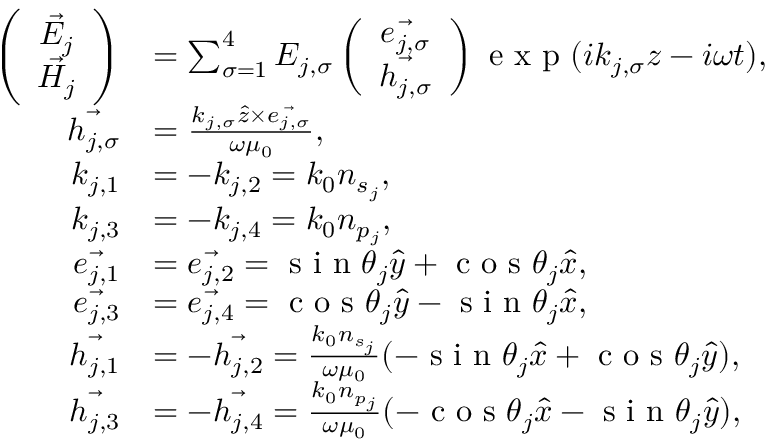
\begin{array} { r l } { \left( \begin{array} { c c } { \vec { E _ { j } } } \\ { \vec { H _ { j } } } \end{array} \right) } & { = \sum _ { \sigma = 1 } ^ { 4 } E _ { j , \sigma } \left( \begin{array} { c c } { \vec { e _ { j , \sigma } } } \\ { \vec { h _ { j , \sigma } } } \end{array} \right) \textrm { e x p } ( i k _ { j , \sigma } z - i \omega t ) , } \\ { \vec { h _ { j , \sigma } } } & { = \frac { k _ { j , \sigma } \hat { z } \times \vec { e _ { j , \sigma } } } { \omega \mu _ { 0 } } , } \\ { k _ { j , 1 } } & { = - k _ { j , 2 } = k _ { 0 } n _ { s _ { j } } , } \\ { k _ { j , 3 } } & { = - k _ { j , 4 } = k _ { 0 } n _ { p _ { j } } , } \\ { \vec { e _ { j , 1 } } } & { = \vec { e _ { j , 2 } } = \textrm { s i n } \theta _ { j } \hat { y } + \textrm { c o s } \theta _ { j } \hat { x } , } \\ { \vec { e _ { j , 3 } } } & { = \vec { e _ { j , 4 } } = \textrm { c o s } \theta _ { j } \hat { y } - \textrm { s i n } \theta _ { j } \hat { x } , } \\ { \vec { h _ { j , 1 } } } & { = - \vec { h _ { j , 2 } } = \frac { k _ { 0 } n _ { s _ { j } } } { \omega \mu _ { 0 } } ( - \textrm { s i n } \theta _ { j } \hat { x } + \textrm { c o s } \theta _ { j } \hat { y } ) , } \\ { \vec { h _ { j , 3 } } } & { = - \vec { h _ { j , 4 } } = \frac { k _ { 0 } n _ { p _ { j } } } { \omega \mu _ { 0 } } ( - \textrm { c o s } \theta _ { j } \hat { x } - \textrm { s i n } \theta _ { j } \hat { y } ) , } \end{array}